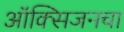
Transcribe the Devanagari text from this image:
ऑक्‍सिजनचा